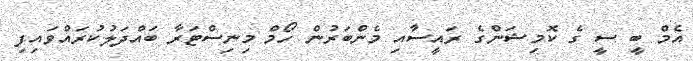
އެމް ބީ ސީ ގެ ކޮމިޝަންގެ ރައީސާއި މެންބަރުން ހޯމް މިނިސްޓަރާ ބައްދަލުކުރައްވައިފި